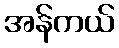
အန်ကယ်